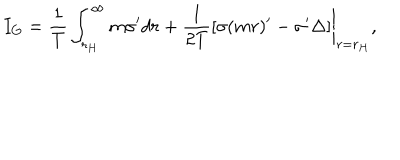
I _ { G } = \frac { 1 } { T } \int _ { r _ { H } } ^ { \infty } m \sigma ^ { \prime } d r + \left. \frac { 1 } { 2 T } [ \sigma ( m r ) ^ { \prime } - \sigma ^ { \prime } \Delta ] \right| _ { r = r _ { H } } ,